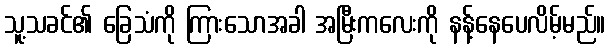
သူ့သခင်၏ ခြေသံကို ကြားသောအခါ အမြီးကလေးကို နန့်နေပေလိမ့်မည်။